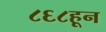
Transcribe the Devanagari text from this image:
८६८हून